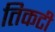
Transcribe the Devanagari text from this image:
तिकटी